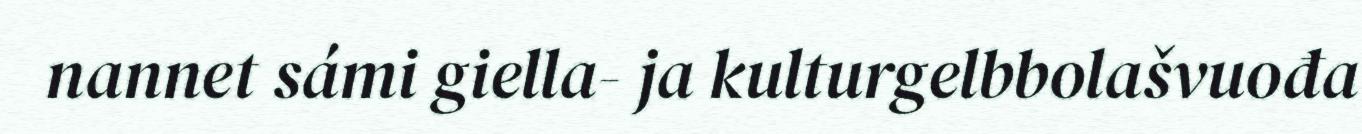
nannet sámi giella- ja kulturgelbbolašvuođa